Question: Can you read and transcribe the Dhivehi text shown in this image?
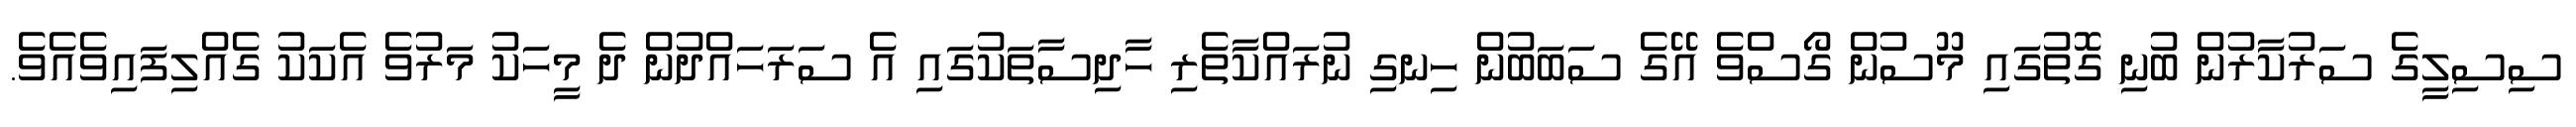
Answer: ސިސިލީގެ ސަރުކާރުން ބުނި ގޮތުގައި މޫސުން ގޯސްވެ އޭގެ ސަބަބުން ހިނގި ނުރައްކާތެރި ހާދިސާތަކުގައި އެ ސަރަހައްދުން ދެ މީހަކު މަރުވެ އެކަކު ގެއްލިފައިވެއެވެ.